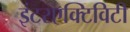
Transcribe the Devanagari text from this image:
इंटरएक्टिविटी